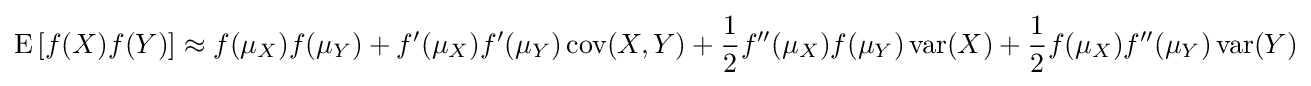
\operatorname {E} \left[f(X)f(Y)\right]\approx f(\mu _{X})f(\mu _{Y})+f'(\mu _{X})f'(\mu _{Y})\operatorname {cov} (X,Y)+{\frac {1}{2}}f''(\mu _{X})f(\mu _{Y})\operatorname {var} (X)+{\frac {1}{2}}f(\mu _{X})f''(\mu _{Y})\operatorname {var} (Y)